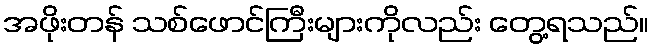
အဖိုးတန် သစ်ဖောင်ကြီးများကိုလည်း တွေ့ရသည်။